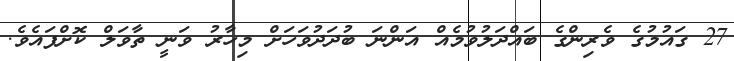
27 ގައުމުގެ ވެރިންގެ ބައްދަލުވުމެއް އަންނަ ބުދަދުވަހަށް މިހާރު ވަނީ ތާވަލް ކޮށްފައެވެ.